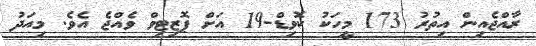
ރާއްޖެއިން އިތުރު 173 މީހަކު ކޮވިޑް-19 އަށް ޕޮޒިޓިވް ވެއްޖެ އެވެ. މިއަދު